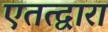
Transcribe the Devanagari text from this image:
एतत्द्वारा